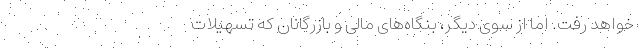
خواهد رفت. اما از سوی دیگر، بنگاه‌های مالی و بازرگانان که تسهیلات